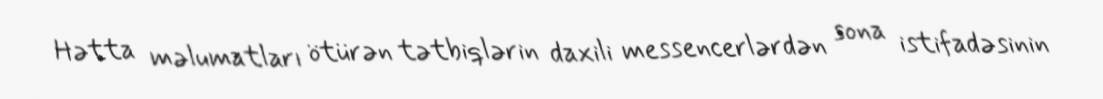
Hətta məlumatları ötürən tətbiqlərin daxili messencerlərdən sona istifadəsinin